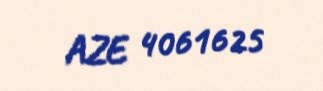
AZE 4061625